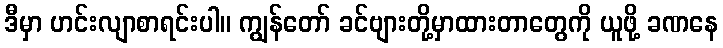
ဒီမှာ ဟင်းလျာစာရင်းပါ။ ကျွန်တော် ခင်ဗျားတို့မှာထားတာတွေကို ယူဖို့ ခဏနေ